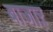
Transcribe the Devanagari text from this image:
बाजाऱ